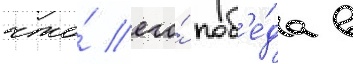
что́ его́ поб'е́да в